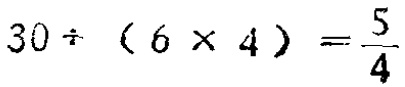
$30\div(6\times 4)=\frac{5}{4}$